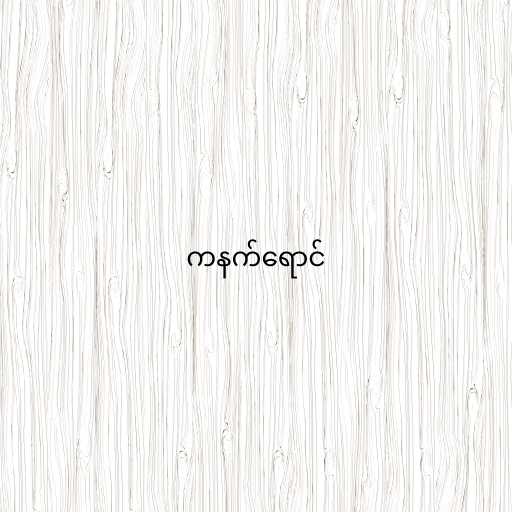
ကနက်ရောင်